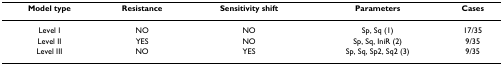
<table><thead><tr><td><b>Model type</b></td><td><b>Resistance</b></td><td><b>Sensitivity shift</b></td><td><b>Parameters</b></td><td><b>Cases</b></td></tr></thead><tbody><tr><td>Level I</td><td>NO</td><td>NO</td><td>Sp, Sq (1)</td><td>17/35</td></tr><tr><td>Level II</td><td>YES</td><td>NO</td><td>Sp, Sq, IniR (2)</td><td>9/35</td></tr><tr><td>Level III</td><td>NO</td><td>YES</td><td>Sp, Sq, Sp2, Sq2 (3)</td><td>9/35</td></tr></tbody></table>